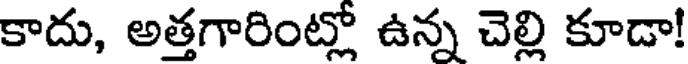
కాదు, అత్తగారింట్లో ఉన్న చెల్లి కూడా!